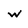
Character: w